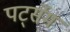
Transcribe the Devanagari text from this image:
पर्ट्सेम